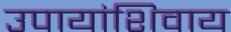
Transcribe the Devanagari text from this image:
उपायांशिवाय